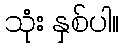
သုံး နှစ်ပါ။